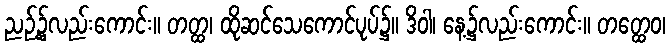
ညဉ့်၌လည်းကောင်း။ တတ္ထ၊ ထိုဆင်သေကောင်ပုပ်၌။ ဒိဝါ၊ နေ့၌လည်းကောင်း။ တတ္ထေဝ၊